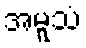
အမူသံ